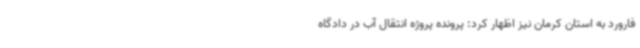
فارورد به استان کرمان نیز اظهار کرد: پرونده پروژه انتقال آب در دادگاه